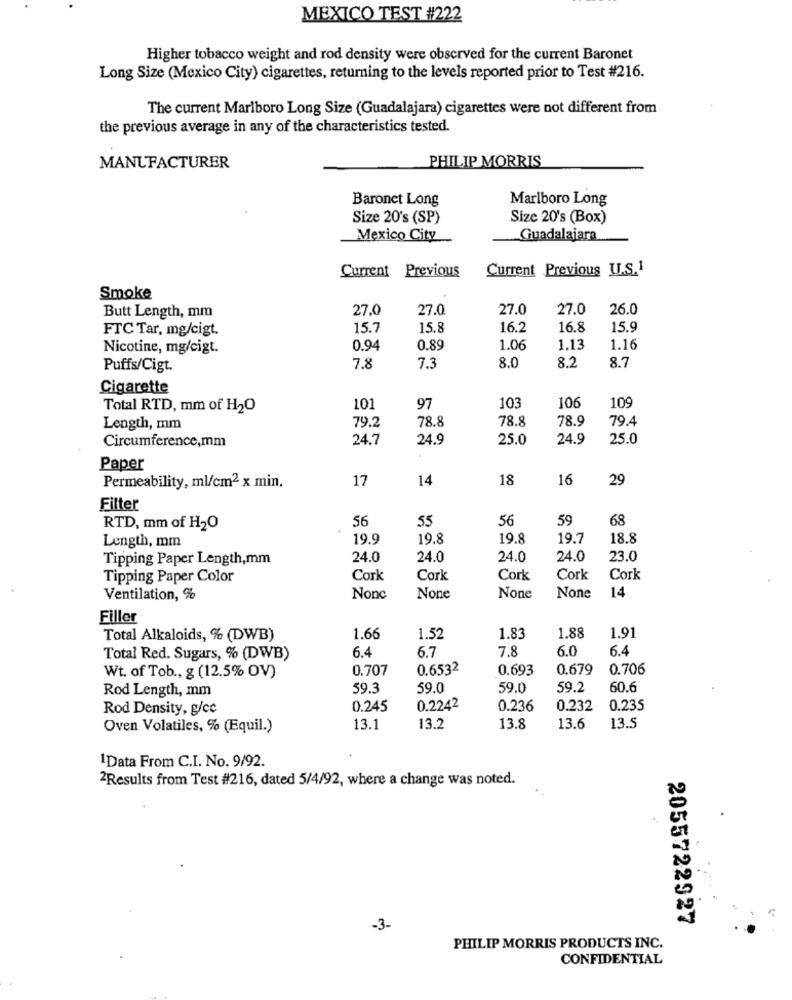
MEXICO TEST #222
Higher tobacco weight and rod density were observed for the current Baronet
Long Size (Mexico City) cigarettes, returning to the levels reported prior to Test #216.
The current Marlboro Long Size (Guadalajara) cigarettes were not different from
the previous average in any of the characteristics tested.
PHILIP MORRIS
MANUFACTURER
Baronet Long
Marlboro Long
Size 20's (SP)
Size 20's (Box)
Mexico City
Guadalajara
Current Previous
Current Previous U.S.1
Smoke
27.0
27.0
27.0
27.0
26.0
Butt Length, mm
FTC Tar, mg/cigt.
15.7
15.8
16.2
16.8
15.9
Nicotine, mg/cigt.
0.94
0.89
1.06
1.13
1.16
7.8
8.7
Puffs/Cigt.
7.3
8.0
8.2
Cigarette
Total RTD, mm of H2O
101
97
103
106
109
78.8
78.8
78.9
79.4
Length, mm
79.2
Circumference,mm
24.7
24.9
25.0
24.9
25.0
Paper
Permeability, ml/cm2 x min.
17
14
18
16
29
Filter
56
55
56
59
68
RTD, mm of H2O
19.9
19,8
19.8
19.7
18.8
Length, mm
Tipping Paper Length,mm
24.0
24.0
24.0
24.0
23.0
Tipping Paper Color
Cork
Cork
Cork
Cork
Cork
Ventilation, %
Nonc
14
Filler
Total Alkaloids, % (DWB)
1.66
1.52
1.83
1.88
1.91
6.4
7.8
6.0
6.4
Total Red. Sugars, % (DWB)
6.7
0.707
0.6532
0.693
0.679
0.706
Wt. of Tob ., g (12.5% OV)
Rod Length, mm
59.3
59.0
59.0
59.2
60.6
Rod Density, g/cc
0.245
0.2242
0.236
0.232
0.235
Oven Volatiles, % (Equil.)
13.1
13.2
13.8
13.6
13.5
1Data From C.I. No. 9/92.
2Results from Test #216, dated 5/4/92, where a change was noted.
2055722927
-3-
PHILIP MORRIS PRODUCTS INC.
CONFIDENTIAL